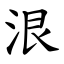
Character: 泿